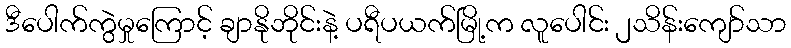
ဒီပေါက်ကွဲမှုကြောင့် ချာနိုဘိုင်းနဲ့ ပရီပယက်မြို့က လူပေါင်း ၂သိန်းကျော်သာ